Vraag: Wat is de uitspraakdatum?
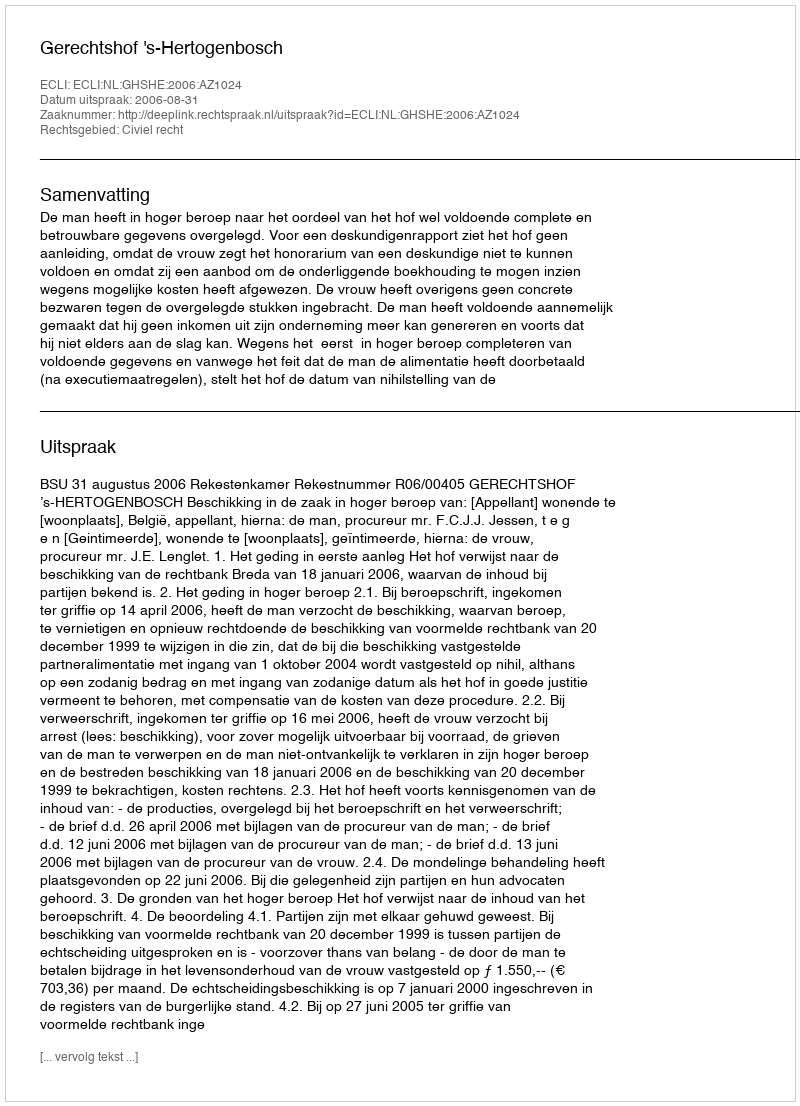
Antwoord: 2006-08-31